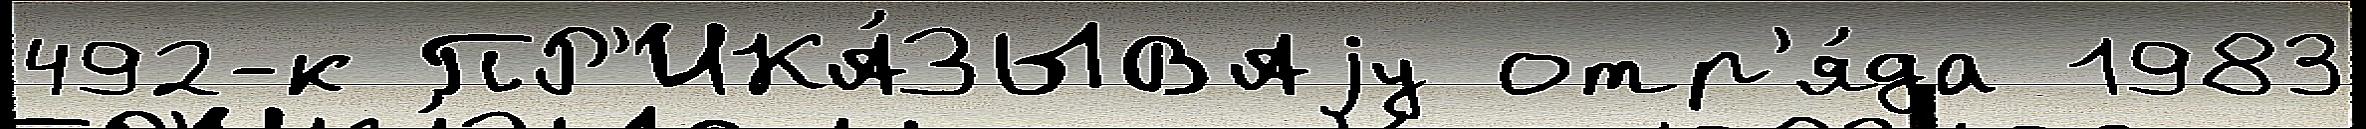
492-к ПР'ИКА́ЗЫВАjу отр'я́да 1983